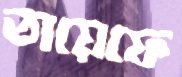
তায়েফে